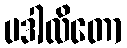
ပဒါလိတော